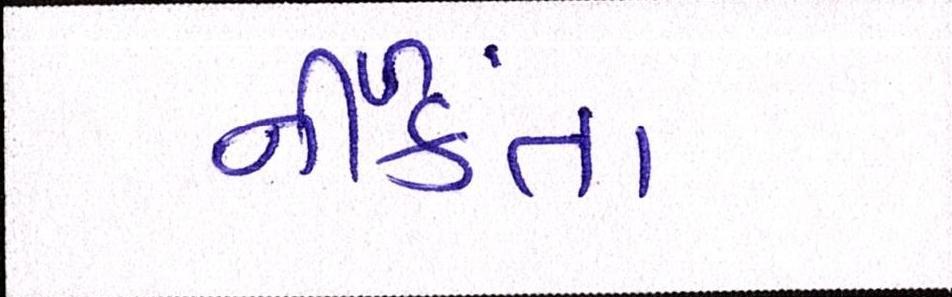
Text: નીળક્તાં